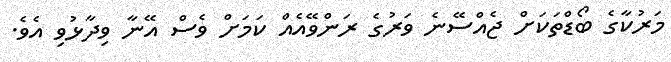
މަރުކާގެ ބޯޑްތަކަށް ޖެއްސޭނެ ވަރުގެ ރަންވޭއެއް ކަމަށް ވެސް އޭނާ ވިދާޅުވި އެވެ.